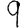
Digit: 9